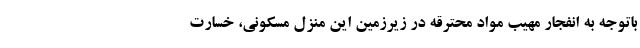
باتوجه به انفجار مهیب مواد محترقه در زیرزمین این منزل مسکونی، خسارت